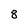
Character: 8